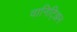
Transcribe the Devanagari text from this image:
वानिट्झिन